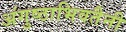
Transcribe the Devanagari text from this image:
अंगुष्ठाभिवतैनी